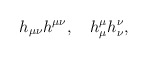
\begin{align*}h_{\mu \nu }h^{\mu \nu },\quad h_{\mu }^{\mu }h_{\nu }^{\nu },\end{align*}